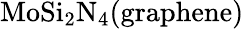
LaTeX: \mathrm{MoSi_{2}N_{4}(graphene)}